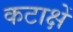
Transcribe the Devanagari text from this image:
कटाक्षें